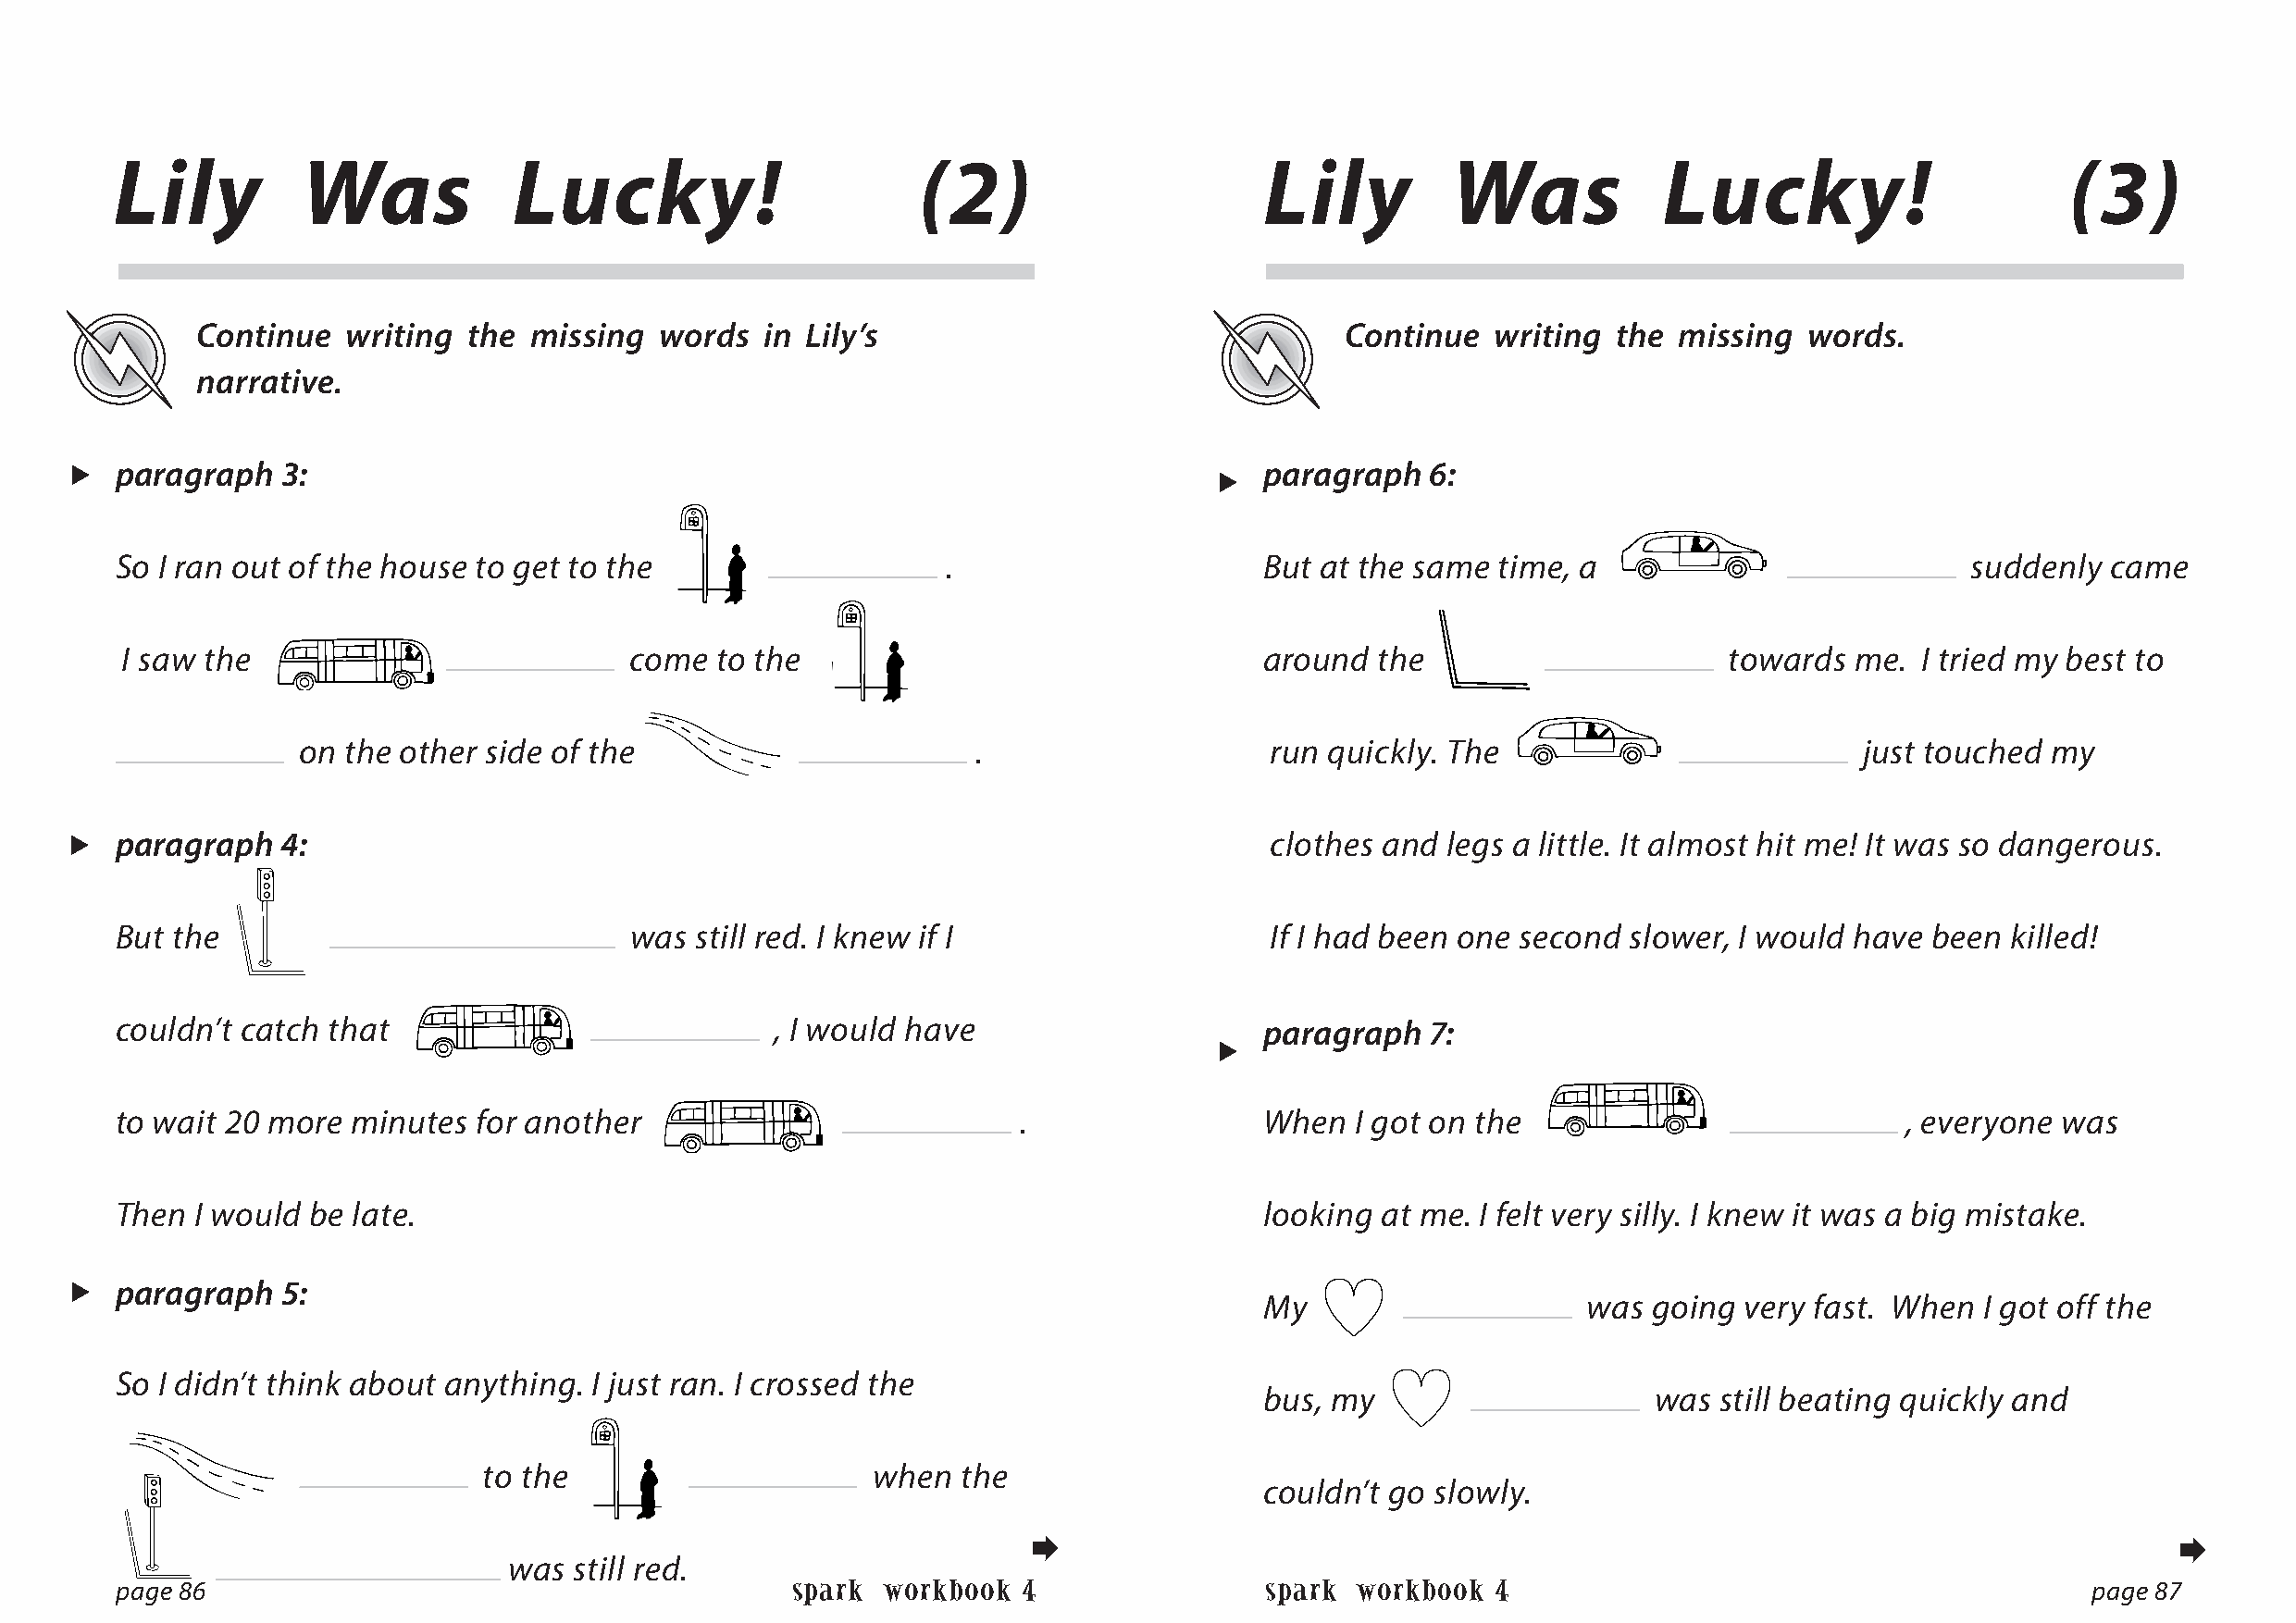
Lily          Was            Lucky!                       (2)                     Lily          Was            Lucky!                       (3)
 Continue   writing the  missing  words   in Lily’s                                C ontinue  writing  the missing  words.
 narrative.
   paragraph   3:                                                                    paragraph   6:
 
 So I ran out of the house to get to the                     .                     But at the same  time, a                           suddenly  came
 I saw the                           come  to the                                 around   the                      towards  me. I tried my best to
 on  the other side of the                        .                    run quickly. The                          just touched  my
   paragraph   4:                                                                     clothes and  legs a little. It almost hit me! It was so dangerous.
 But the                              was  still red. I knew if I                   If I had been one second  slower, I would have been  killed!
 couldn’t catch  that                           , I would have                     paragraph   7:
 
 to wait 20 more  minutes  for another                            .                When   I got on the                           , everyone was
 Then  I would be late.                                                            looking  at me. I felt very silly. I knew it was a big mistake.
   paragraph   5:
 My                      was going  very fast. When  I got off the
 So I didn’t think about anything. I just ran. I crossed the
 bus, my                     was  still beating quickly and
 to the                     when   the
 couldn’t go  slowly.
                                                                                  
 was  still red.
 page 86                                          spark workbook  4                spark  workbook  4                                          page 87